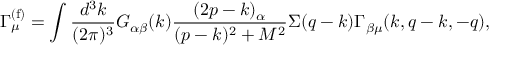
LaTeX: \Gamma _ { \mu } ^ { ( \mathrm { f ) } } = \int { \frac { d ^ { 3 } k } { ( 2 \pi ) ^ { 3 } } } G _ { \alpha \beta } ( k ) { \frac { ( 2 p - k ) _ { \alpha } } { ( p - k ) ^ { 2 } + M ^ { 2 } } } \Sigma ( q - k ) \Gamma _ { \beta \mu } ( k , q - k , - q ) ,